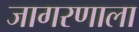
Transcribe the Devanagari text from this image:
जागरणाला